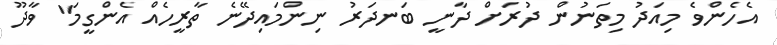
އެހެންވެ މިއަދު މިތަނުން ދުރަށް ދާނީ ބަނދަރު ނިންމައިދޭނެ ތާރީހެއް އެންގީމަ" ވާދޫ